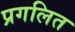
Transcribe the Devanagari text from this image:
प्रगलित